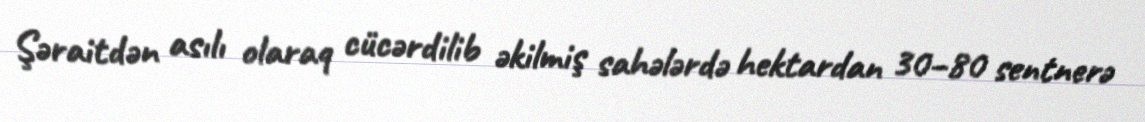
Şəraitdən asılı olaraq cücərdilib əkilmiş sahələrdə hektardan 30–80 sentnerə